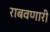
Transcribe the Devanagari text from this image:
राबवणारी